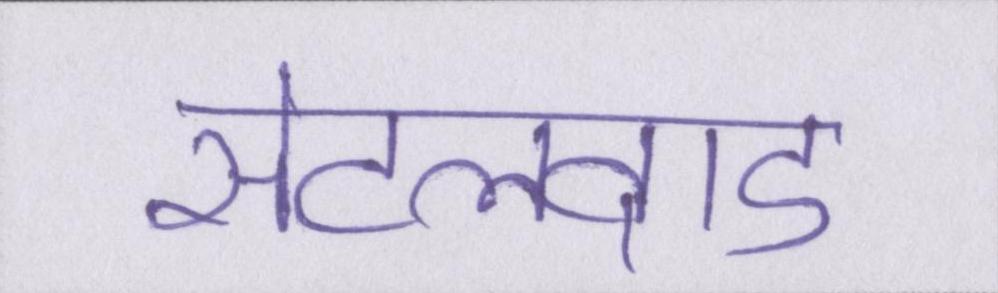
सेटलवाड